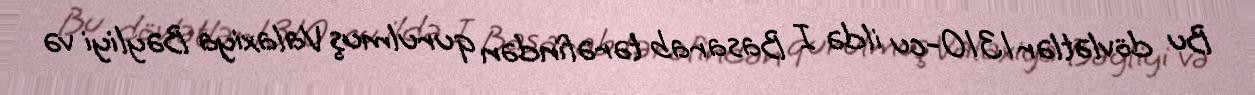
Bu dövlətlər 1310-cu ildə I Basarab tərəfindən qurulmuş Valaxiya Bəyliyi və